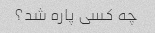
چه کسی پاره شد؟